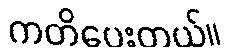
ကတိပေးတယ်။